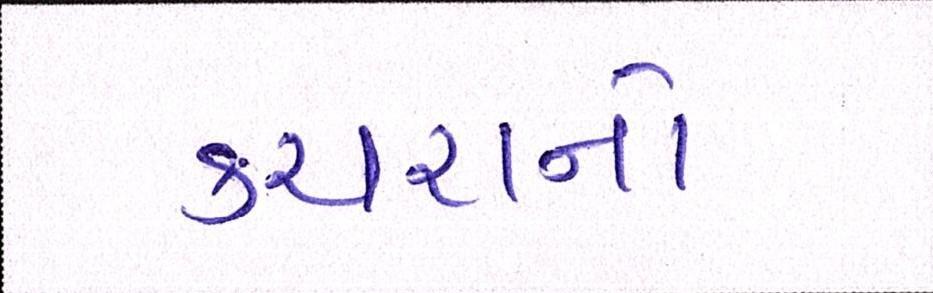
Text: કચરાનો